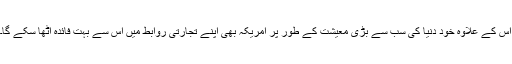
اس کے علاوہ خود دنیا کی سب سے بڑی معیشت کے طور پر امریکہ بھی اپنے تجارتی روابط میں اس سے بہت فائدہ اٹھا سکے گا۔